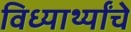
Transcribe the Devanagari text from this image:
विध्यार्थ्यांचे